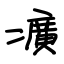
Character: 癀